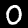
Digit: 0